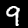
Digit: 9